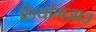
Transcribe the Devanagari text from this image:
लियांगज़ाउ